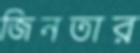
জিনতার